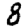
Digit: 8